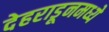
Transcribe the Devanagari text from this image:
देहराडूनमध्ये